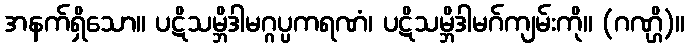
အနက်ရှိသော။ ပဋိသမ္ဘိဒါမဂ္ဂပ္ပကရဏံ၊ ပဋိသမ္ဘိဒါမဂ်ကျမ်းကို။ (ဂဏ္ဌိ)။